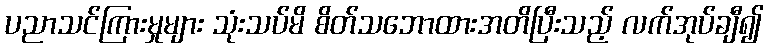
ပညာသင်ကြားမှုများ သုံးသပ်မိ စိတ်သဘောထားအတိပြီးသည့် လက်အုပ်ချီ၍